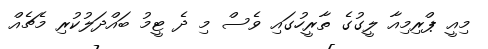
މިއީ ޕްރިމިއާ ލީގުގެ ތާރީހުގައި ވެސް މި ދެ ޓީމު ބައްދަލުކުރި މެޗެއް